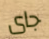
جاى